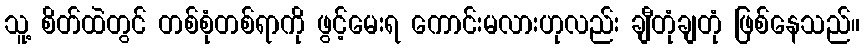
သူ့ စိတ်ထဲတွင် တစ်စုံတစ်ရာကို ဖွင့်မေးရ ကောင်းမလားဟုလည်း ချီတုံချတုံ ဖြစ်နေသည်။